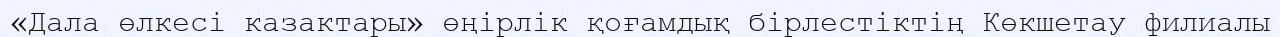
«Дала өлкесі казактары» өңірлік қоғамдық бірлестіктің Көкшетау филиалы